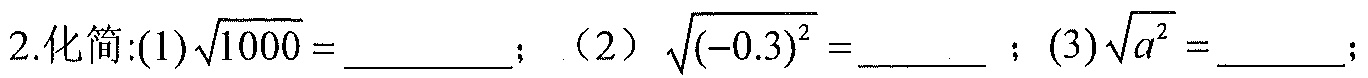
2.化简:(1)\(\sqrt{1000} =\)_________；（2）\(\sqrt{(-0.3)^{2}} =\)_______ ；(3)\(\sqrt{a^{2}} =\)_______;